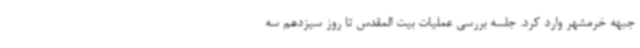
جبهه خرمشهر وارد کرد. جلسه بررسی عملیات بیت المقدس تا روز سیزدهم سه